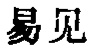
易见